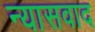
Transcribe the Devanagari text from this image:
न्यासवाद